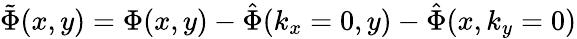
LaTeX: \tilde{\Phi}(x,y)=\Phi(x,y)-\hat{\Phi}(k_{x}=0,y)-\hat{\Phi}(x,k_{y}=0)